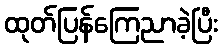
ထုတ်ပြန်ကြေညာခဲ့ပြီး